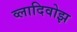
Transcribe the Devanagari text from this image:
व्लादिवोझ